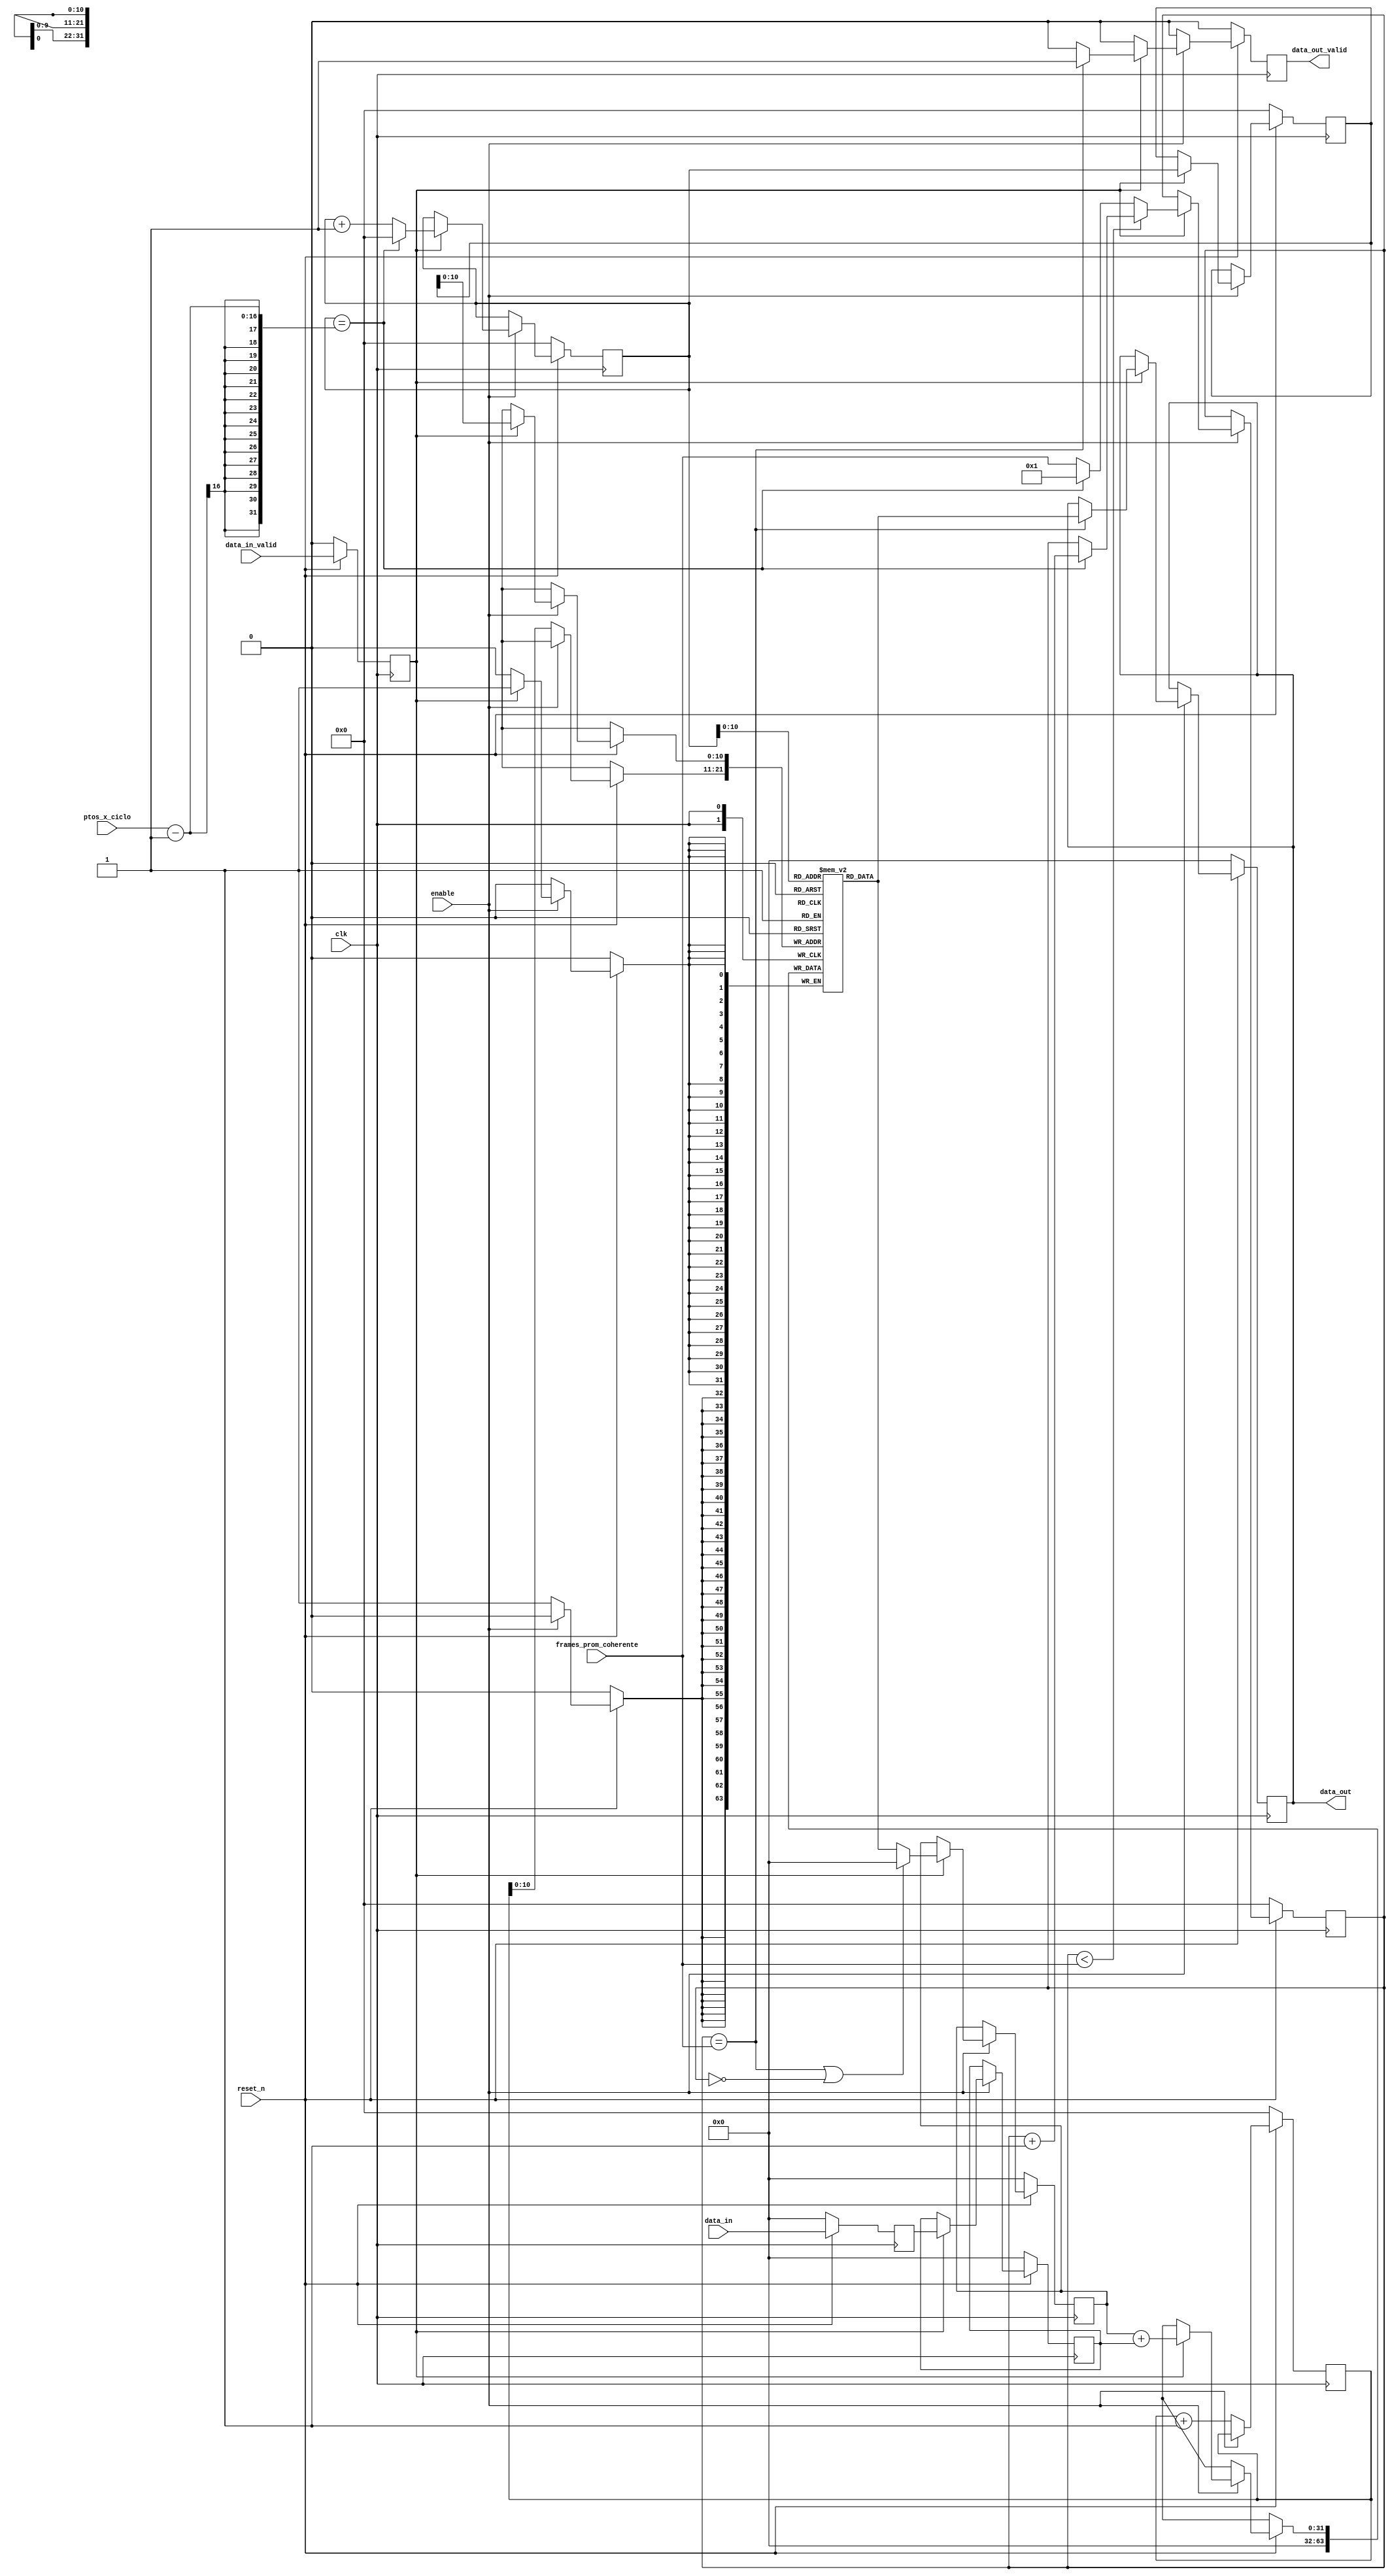


module prom_coherente_pipelined(
	
	// Entradas de control
	input clk,
	input reset_n,
	input enable,
	
	// Parametros de configuracion
	input [15:0] ptos_x_ciclo,
	input [15:0] frames_prom_coherente,
	
	// Entrada avalon streaming
	input data_in_valid,
	input signed [31:0] data_in,
	
	// Salida avalon streaming 
	output reg data_out_valid,
	output signed [31:0] data_out	
	
);


//=======================================================
// Reg/Wire declarations
//=======================================================


parameter buf_tam = 2048;

wire [15:0] M; assign M=ptos_x_ciclo; 				// Cantidad de puntos por ciclo de seal
wire [15:0] N; assign N=frames_prom_coherente;	// Frames promediados coherentemente... 
							
							
reg [15:0] index,frames_promediados; 
reg [15:0] index_retrasado,index_clean; 

reg signed [31:0] buffer [0:buf_tam-1];
reg signed [31:0] data_reg,data_anterior,data_out_reg;


// Registro las entradas... es mas prolijo trabajar con las entradas registradas

reg signed [31:0] data_in_reg; always @ (posedge clk) data_in_reg <= (!reset_n)? 0: data_in;
reg data_valid_reg; always @ (posedge clk) data_valid_reg <= (!reset_n)? 0: data_in_valid;

//=======================================================
// Algoritmo principal
//=======================================================


always@ (posedge clk)
begin
		
	if(!reset_n)	//init
	begin 
	
		data_out_valid <= 0;
		index<=0;index_retrasado<=0;index_clean<=0;
		frames_promediados<=0;			
		data_reg<=0;data_out_reg<=0;
		data_anterior<=0;		
	end		
	
	else if(enable)
	begin
	
		if ( (data_valid_reg) )
		begin
		
			// Llevo dos indices porque son dos etapas de pipeline
			index <= (index==(M-1))? 0 : index+1;
			index_retrasado <= index;		
		
			// 1 etapa datos anteriores
			// Si ya termine de promediar lo que quiero me olvido del dato anterior!
			data_reg <= data_in_reg;
			data_anterior <= ((frames_promediados == N) || (frames_promediados == 0) )? 0 : buffer [index];	
		
			// 2 etapa dato nuevos
			buffer[index_retrasado] <= data_anterior + data_reg;
			
			
			// Este flag seala cuantos ciclos voy promediando
			frames_promediados <= 	(frames_promediados < N)? 
											( ( index == (M-1)) ? frames_promediados+1 : frames_promediados ) :
											( ( index == (M-1)) ? 1 : N );
												

			// Si termine de promediar lo que quiero habilito la salida por un rato...
			if ((frames_promediados == N) )	//habilitar salida	
			begin			
				data_out_valid <= 1;
				data_out_reg <= buffer[index];
			end
			else
				data_out_valid <= 0;			
		end
		
		else 
		begin
			data_out_valid <= 0;			
		end
	end
	else
	begin
		data_out_valid <= 0;			
		buffer[index_clean]<=0;
		index_clean <= index_clean+1;	
	end
	
end

assign data_out = data_out_reg; 

endmodule